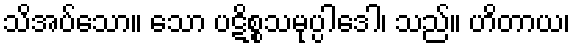
သိအပ်သော။ သော ပဋိစ္စသမုပ္ပါဒေါ၊ သည်။ ဟိတာယ၊